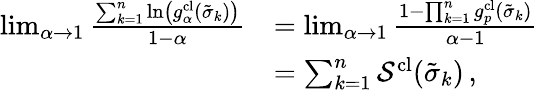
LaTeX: \begin{array}{rl}{\operatorname*{lim}_{\alpha\to 1}\frac{\sum_{k=1}^{n}\ln\left(g_{\alpha}^{\textrm{cl}}(\tilde{\sigma}_{k})\right)}{1-\alpha}}&{=\operatorname*{lim}_{\alpha\to 1}\frac{1-\prod_{k=1}^{n}g_{p}^{\textrm{cl}}(\tilde{\sigma}_{k})}{\alpha-1}}\\ &{=\sum_{k=1}^{n}\mathcal{S}^{\textrm{cl}}(\tilde{\sigma}_{k})\, ,}\end{array}